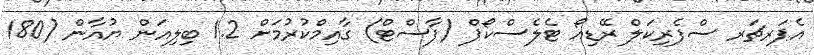
އެޕަރޗަރ ސްފެރިކަލް ރޭޑިއޯ ޓެލެސްކޯޕް (ފާސްޓް) ގާއިމްކުރުމަށް 1.2 ބިލިއަން ޔުއާން (180